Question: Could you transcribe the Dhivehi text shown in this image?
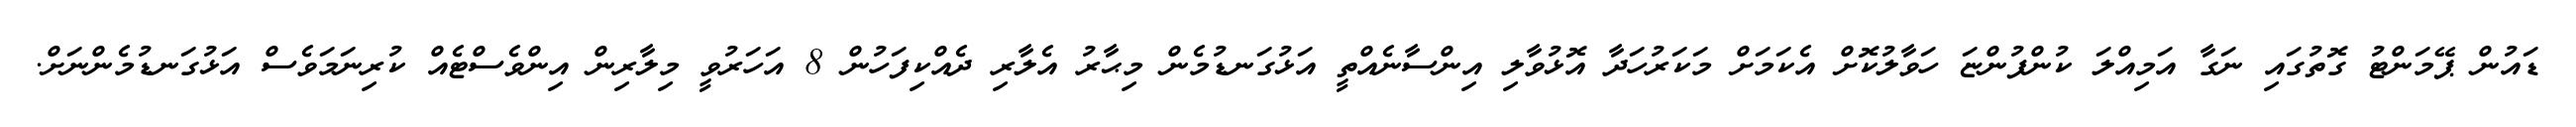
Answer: ޑައުން ޕޭމަންޓު ގޮތުގައި ނަގާ އަމިއްލަ ކުންފުންޏަ ހަވާލުކޮށް އެކަމަށް މަކަރުހަދާ އޮޅުވާލި އިންސާނެއްތީ އަޅުގަނޑުމެން މިޙާރު އެލާރި ދެއްކިފަހުން 8 އަހަރުވީ މިލާރިން އިންވެސްޓެއް ކުރިނަމަވެސް އަޅުގަނޑުމެންނަށް.